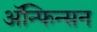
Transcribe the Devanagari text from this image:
ॲन्फिन्सन